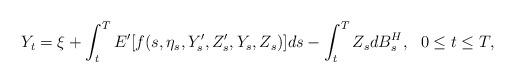
LaTeX: \begin{align*} Y_{t} = \xi + \int_t^T E'[f(s,\eta_{s},Y'_{s},Z'_{s},Y_{s},Z_{s})] ds - \int_t^T Z_{s} dB_{s}^{H}, \ \ 0\leq t\leq T,\end{align*}